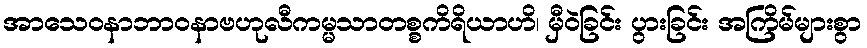
အာသေဝနာဘာဝနာဗဟုလီကမ္မသာတစ္စကိရိယာဟိ၊ မှီဝဲခြင်း ပွားခြင်း အကြိမ်များစွာ